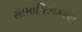
સામાજિકીકરણ